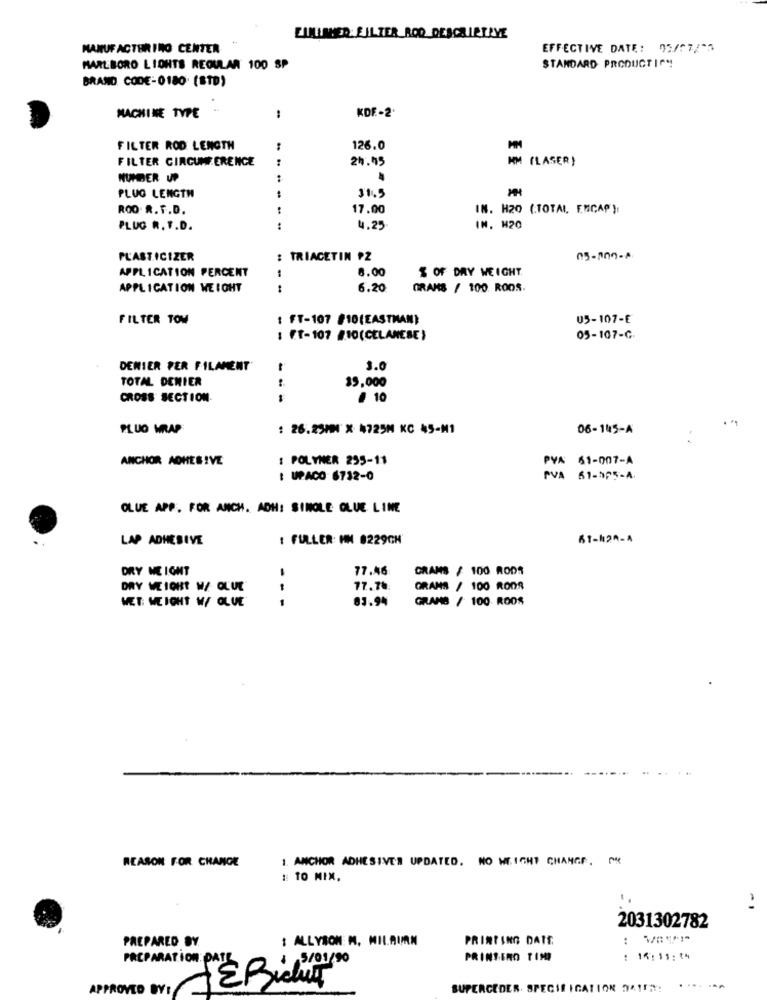
LUMIAMER FILTER ROD DESCRIPTIVE
MANUFACTURING CENTER
EFFECTIVE DATE: 03/07/33
MARLBORO LIGHTS REGULAR 100 SP
STANDARD PRODUCTION
BRAND. CODE -0180. (8TD)
MACHINE TYPE
:
KDF-2
FILTER ROD LENGTH
126.0
FILTER CIRCUMFERENCE
24.95
KM (LASER)
HUNDER UP
PLUG LENGTH
31.5
ROO A. F.D.
17.00
IN. H20 (.TOTAL ENCAP):
PLUG R. F.D.
:
4.25
IN. H20
PLASTICIZER
: TRIACETIN PZ
05-200-A
APPLICATION PERCENT
8.00
$ OF DRY WEIGHT.
APPLICATION WEIGHT
--
6.20
GRAMS / 100 ROOS.
FILTER TOM
1 FT-107 810(EASTMAN)
05-107-E
: FT-107 #10(CELANEBE)
05-107-C.
DENIER PER FILAMENT
3.0
TOTAL DENIER
15,000
CROSS SECTION
---
10
PLUG WRAP
: 26.25MM X 4725M KC 45-M1
06-145-A
ANCHOR ADHESIVE
: POLYNER 255-11
PYA 61-007-A
: UPACO 6732-0
PVA 61-SP5-A.
OLUE APP. FOR ANCH. ADH: SINOLE GLUE LINE
LAP ADHESIVE
: FULLER: HM 8229CH'
BT-12A-A
DRY NE IGHT
77.46
GRAMS / 100 RODS
DRY WEIGHT W/ BLUE
77.70
GRANS / 100 ROOS
WET: WEIGHT W/ GLUE
83.94
GRANB / 100 RODS
1. ANCHOR ADHESIVER UPDATED. NO WEIGHT CHANGE. PR
REASON FOR CHANGE
#: 10 MIX.
2031302782
PREPARED BY.
: ALLYSON M. MILRIN
PRINTING DATE
4 5/01/90
PRINSINO TIME
15: 11 :**
PREPARATION PATE
APPROVED BY:
JEBiclui
SUPERCEDER. SPECIFICATION 74152: